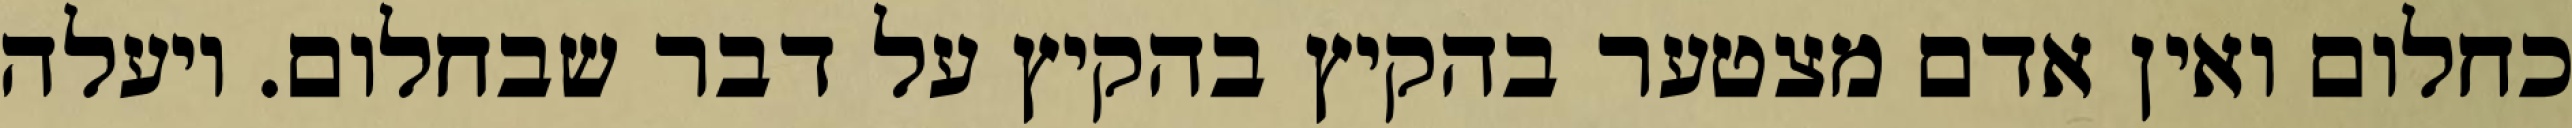
כחלום ואין אדם מצטער בהקיץ בהקיץ על דבר שבחלום. ויעלה